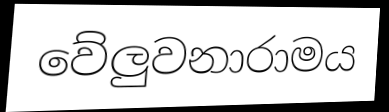
වේලුවනාරාමය